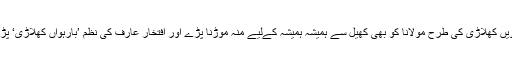
اور پھر آخرکار ہر بارہویں کھلاڑی کی طرح مولانا کو بھی کھیل سے ہمیشہ ہمیشہ کےلیے منہ موڑنا پڑے اور افتخار عارف کی نظم ’بارہواں کھلاڑی‘ پڑھ کر دل ہلکا کرنا پڑے۔